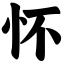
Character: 怀